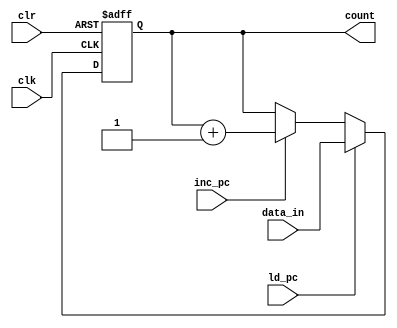
module program_counter(
    count,
    data_in,
    ld_pc,
    inc_pc,
    clk,
    clr
);

parameter DATAWIDTH = 8;
output reg [DATAWIDTH - 1:0] count;
input [DATAWIDTH - 1:0] data_in;
input ld_pc, inc_pc, clk, clr;

// Clear is an active low signal

always @ (posedge clk or negedge clr)
begin
    if(!clr)
        count <= 0;
    else if (ld_pc)
        count <= data_in;
    else if (inc_pc)
        count <= count + 1;
end
    
endmodule